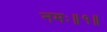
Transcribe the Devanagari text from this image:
नमः॥१॥